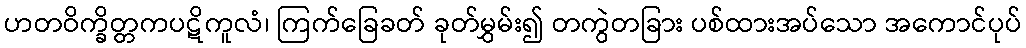
ဟတဝိက္ခိတ္တကပဋိကူလံ၊ ကြက်ခြေခတ် ခုတ်မွှမ်း၍ တကွဲတခြား ပစ်ထားအပ်သော အကောင်ပုပ်